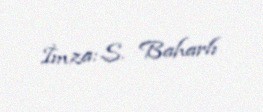
İmza: S. Baharlı